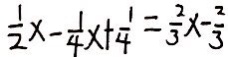
\frac { 1 } { 2 } x - \frac { 1 } { 4 } x + \frac { 1 } { 4 } = \frac { 2 } { 3 } x - \frac { 2 } { 3 }